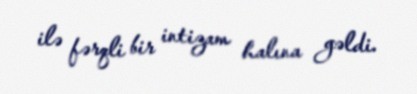
ilə fərqli bir intizam halına gəldi.